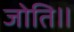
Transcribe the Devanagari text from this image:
जोति॥